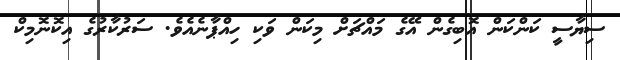
ސިޔާސީ ކަންކަން އޮބިގެން އޭގެ މައްޗަށް މިކަން ވަކި ހިއްޕާނެެއެވެ. ސަރުކާރުގެ އިކޮނޮމިކް